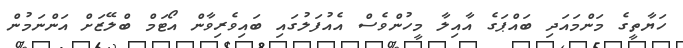
ހަޔާތީގެ މަންމައަދި ބައްޕަގެ އާއިލާ މީހުންވެސް އެއުފަލުގައި ބައިވެރިވާން އޯޓަމް ބްލޭޒަށް އަންނަމުން